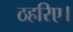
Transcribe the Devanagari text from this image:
ठहरिए।